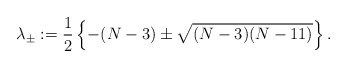
\begin{align*}\lambda_{\pm}:=\frac{1}{2}\left\{ -(N-3)\pm\sqrt{(N-3)(N-11)}\right\}.\end{align*}